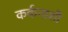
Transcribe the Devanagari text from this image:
कर्कनाशी